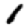
Digit: 1